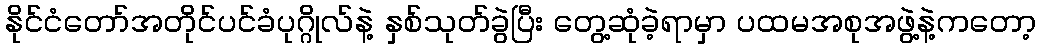
နိုင်ငံတော်အတိုင်ပင်ခံပုဂ္ဂိုလ်နဲ့ နှစ်သုတ်ခွဲပြီး တွေ့ဆုံခဲ့ရာမှာ ပထမအစုအဖွဲ့နဲ့ကတော့